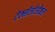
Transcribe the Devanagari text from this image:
टेक्नॉलॉजीकल